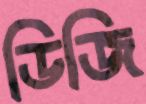
ডিজি